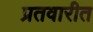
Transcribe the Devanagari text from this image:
प्रतवारीत